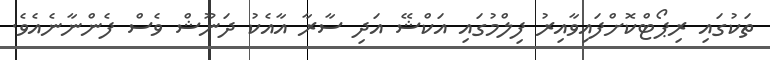
ތަކުގައި ރިޕޯޓްކޮށްފައިވާއިރު ފިލްމުގައި އަކްޝޭ އަދި ސާރާ އާއެކު ދަނޫޝް ވެސް ފެންނާނެއެވެ.